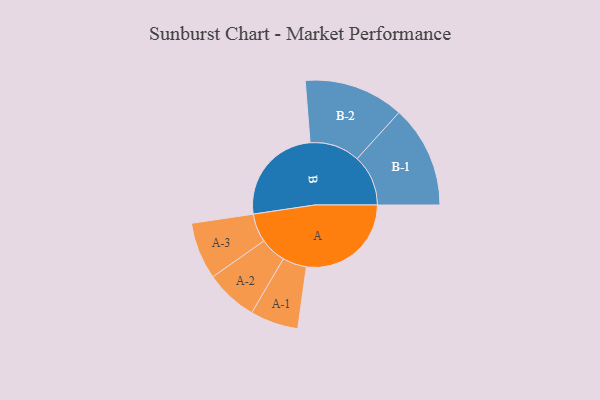
{"axis": {"x": "Segment", "y": "Value"}, "legend": ["", "A", "B"], "data": [{"x": "A", "y": 488, "type": ""}, {"x": "B", "y": 468, "type": ""}, {"x": "A-1", "y": 112, "type": "A"}, {"x": "A-2", "y": 122, "type": "A"}, {"x": "A-3", "y": 133, "type": "A"}, {"x": "B-1", "y": 238, "type": "B"}, {"x": "B-2", "y": 233, "type": "B"}]}